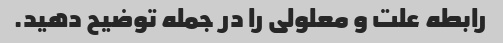
رابطه علت و معلولی را در جمله توضیح دهید.